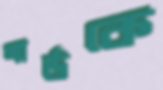
গার্ডকে